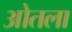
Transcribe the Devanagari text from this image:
ओतला